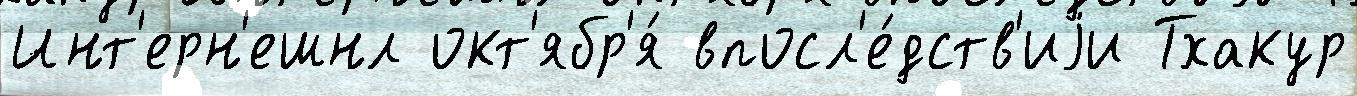
Инт'ерн'ешнл окт'ябр'я́ впосл'е́дств'иjи Тхакур